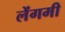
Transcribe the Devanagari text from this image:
लेंगमी